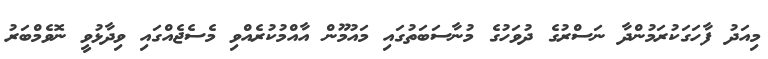
މިއަދު ފާހަގަކުރަމުންދާ ނަސްރުގެ ދުވަހުގެ މުނާސަބަތުގައި މައުމޫން އާއްމުކުރެއްވި މެސެޖެއްގައި ވިދާޅުވީ ނޮވެމްބަރު